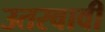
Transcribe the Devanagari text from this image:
उतरवावी